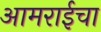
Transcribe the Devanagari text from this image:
आमराईचा